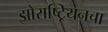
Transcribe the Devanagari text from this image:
झोराष्ट्रियनचा